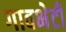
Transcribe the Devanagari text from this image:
गावभेटी